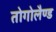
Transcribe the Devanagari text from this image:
तोगोलैण्ड